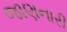
જાણનારી